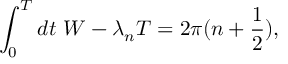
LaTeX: \int _ { 0 } ^ { T } d t \, \, W - \lambda _ { n } T = 2 \pi ( n + \frac { 1 } { 2 } ) ,